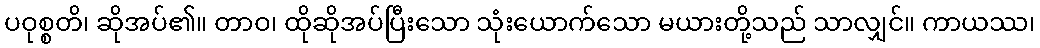
ပဝုစ္စတိ၊ ဆိုအပ်၏။ တာဝ၊ ထိုဆိုအပ်ပြီးသော သုံးယောက်သော မယားတို့သည် သာလျှင်။ ကာယဿ၊